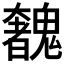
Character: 𩴟